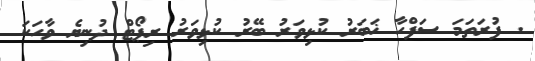
. ފުރަތަމަ ސަފްހާ ޚަބަރު ކުޅިވަރު ބޭރު ކުޅިވަރު ރިޕޯޓް ދުނިޔެ ވާހަކަ